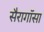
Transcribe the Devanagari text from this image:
सैरागॉसा